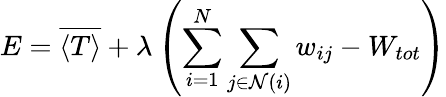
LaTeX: E=\overline{{\langle T\rangle}}+\lambda\left(\sum_{i=1}^{N}\sum_{j\in\mathcal{N}(i)}w_{ij}-W_{tot}\right)